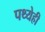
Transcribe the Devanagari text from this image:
पथ्येही